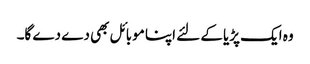
وہ ایک پڑیا کے لئے اپنا موبائل بھی دے دے گا۔